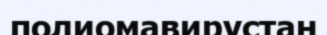
полиомавирустан